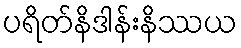
ပရိတ်နိဒါန်းနိဿယ